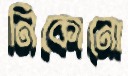
নিকোনো